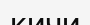
кичи